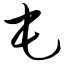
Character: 屯